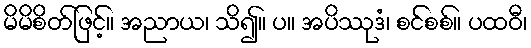
မိမိစိတ်ဖြင့်။ အညာယ၊ သိ၍။ ပ။ အပိဿုဒံ၊ စင်စစ်။ ပထဝီ၊